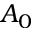
A _ { 0 }